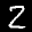
Label: 2